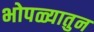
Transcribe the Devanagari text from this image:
भोपळ्यातुन